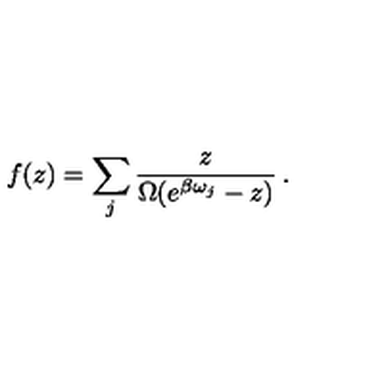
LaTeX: f ( z ) = \sum _ { j } \frac { z } { \Omega ( e ^ { \beta \omega _ { j } } - z ) } \: . \nonumber